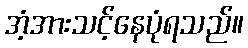
အံ့အားသင့်နေပုံရသည်။